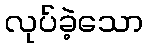
လုပ်ခဲ့သော